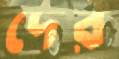
দের